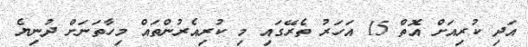
އަދި ކުރިއަށް އޮތް 15 އަހަރު ތެރޭގައި މި ކުރިއެރުންތައް މިހާތަނަށް ދުނިޔެ